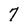
Character: 7